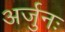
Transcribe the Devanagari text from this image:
अर्जुनः